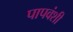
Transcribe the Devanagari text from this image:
पापवंशी